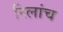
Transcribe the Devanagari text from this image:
रिलांच